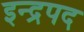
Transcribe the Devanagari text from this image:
इन्द्रपद